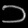
Digit: ၁